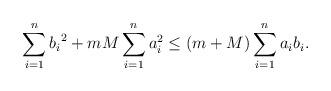
LaTeX: \begin{align*}\sum\limits_{i = 1}^n {{b_i}^2} + mM\sum\limits_{i = 1}^n {a_i^2 \le (m +M)\sum\limits_{i = 1}^n {{a_i}{b_i}}. }\end{align*}